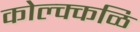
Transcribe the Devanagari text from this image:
कोल्क्कळि